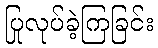
ပြုလုပ်ခဲ့ကြခြင်း